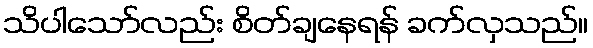
သိပါသော်လည်း စိတ်ချနေရန် ခက်လှသည်။